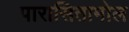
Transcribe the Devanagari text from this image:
पारासितामोल